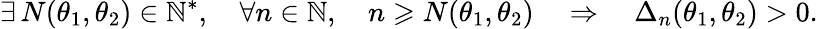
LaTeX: \exists\, N(\theta_{1},\theta_{2})\in\mathbb{N}^{*},\quad\forall n\in\mathbb{N},\quad n\geqslant N(\theta_{1},\theta_{2})\quad\Rightarrow\quad\Delta_{n}(\theta_{1},\theta_{2})>0.